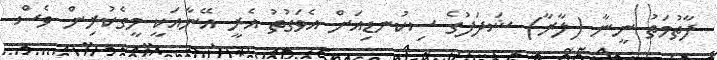
ފާތުމަތު ނީނާ (ލާރާ) ޝަދަފުގެ ސިކުނޑިއަށް އެވަގުތު އެރީ އޭނާއަކީ މީގެކުރިން ވެސް